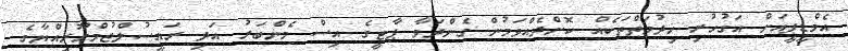
އެމްޑީޕީއަށް އަގުހުރި ޚިދުމަތްތަކެއް ކޮށްދެއްވަމުން ގެންދަވާ ޕާޓީގެ އިސް މެންބަރު އަދި ރައީސުލްޖުމްހޫރިއްޔާގެ